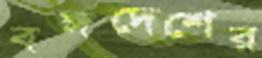
বঙ্গদেশের